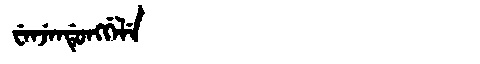
Manchu: ᠸᡝᠨᠵᡝᠨᡩᡠᠩᡤᡝᠯᡝ
Romanization: WENJENDUNGGELE